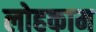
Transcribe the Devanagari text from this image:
लोहकाम